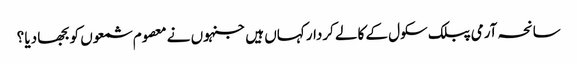
سانحہ آرمی پبلک سکول کے کالے کردار کہاں ہیں جنہوں نے معصوم شمعوں کو بجھا دیا ؟